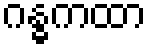
ဂန္ဓကထာ